Indian journal of veterinary science and animal husbandry - Volume 7,
Year: 1937
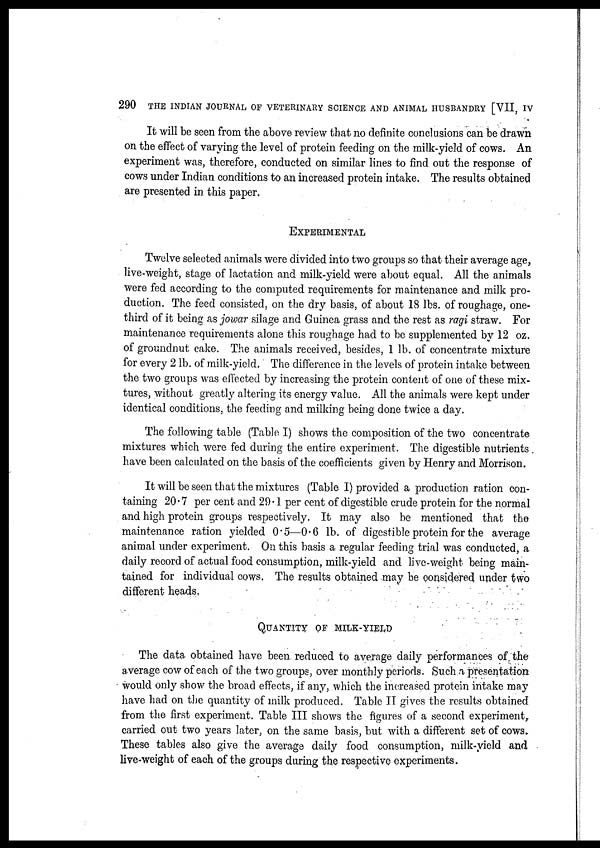
290 THE INDIAN JOURNAL OF VETERINARY SCIENCE AND ANIMAL HUSBANDRY [VII, IV
It will be seen from the above review that no definite conclusions can be drawn
on the effect of varying the level of protein feeding on the milk-yield of cows. An
experiment was, therefore, conducted on similar lines to find out the response of
cows under Indian conditions to an increased protein intake. The results obtained
are presented in this paper.
EXPERIMENTAL
Twelve selected animals were divided into two groups so that their average age,
live-weight, stage of lactation and milk-yield were about equal. All the animals
were fed according to the computed requirements for maintenance and milk pro-
duction. The feed consisted, on the dry basis, of about 18 lbs. of roughage, one-
third of it being as jowar silage and Guinea grass and the rest as ragi straw. For
maintenance requirements alone this roughage had to be supplemented by 12 oz.
of groundnut cake. The animals received, besides, 1 lb. of concentrate mixture
for every 2 lb. of milk-yield. The difference in the levels of protein intake between
the two groups was effected by increasing the protein content of one of these mix-
tures, without greatly altering its energy value. All the animals were kept under
identical conditions, the feeding and milking being done twice a day.
The following table (Table I) shows the composition of the two concentrate
mixtures which were fed during the entire experiment. The digestible nutrients.
have been calculated on the basis of the coefficients given by Henry and Morrison.
It will be seen that the mixtures (Table I) provided a production ration con-
taining 20.7 per cent and 29.1 per cent of digestible crude protein for the normal
and high protein groups respectively. It may also be mentioned that the
maintenance ration yielded 0.5—0.6 lb. of digestible protein for the average
animal under experiment. On this basis a regular feeding trial was conducted, a
daily record of actual food consumption, milk-yield and live-weight being main-
tained for individual cows. The results obtained may be considered under two
different heads.
QUANTITY OF MILK-YIELD
The data obtained have been reduced to average daily performances of the
average cow of each of the two groups, over monthly periods. Such a presentation
would only show the broad effects, if any, which the increased protein intake may
have had on the quantity of milk produced. Table II gives the results obtained
from the first experiment. Table III shows the figures of a second experiment,
carried out two years later, on the same basis, but with a different set of cows.
These tables also give the average daily food consumption, milk-yield and
live-weight of each of the groups during the respective experiments.